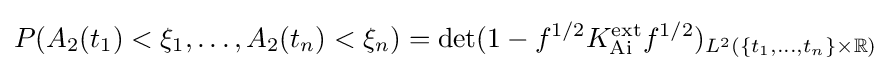
P(A_{2}(t_{1})<\xi _{1},\dots ,A_{2}(t_{n})<\xi _{n})=\det(1-f^{1/2}K_{\operatorname {Ai} }^{\operatorname {ext} }f^{1/2})_{L^{2}(\{t_{1},\dots ,t_{n}\}\times \mathbb {R} )}